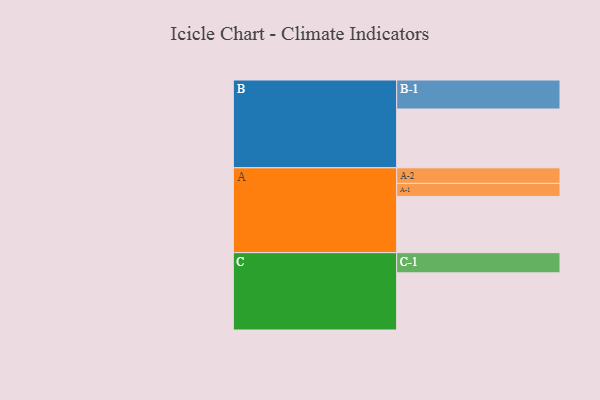
{"axis": {"x": "Segment", "y": "Value"}, "legend": ["", "A", "B", "C"], "data": [{"x": "A", "y": 510, "type": ""}, {"x": "B", "y": 533, "type": ""}, {"x": "C", "y": 518, "type": ""}, {"x": "A-1", "y": 118, "type": "A"}, {"x": "A-2", "y": 141, "type": "A"}, {"x": "B-1", "y": 263, "type": "B"}, {"x": "C-1", "y": 183, "type": "C"}]}